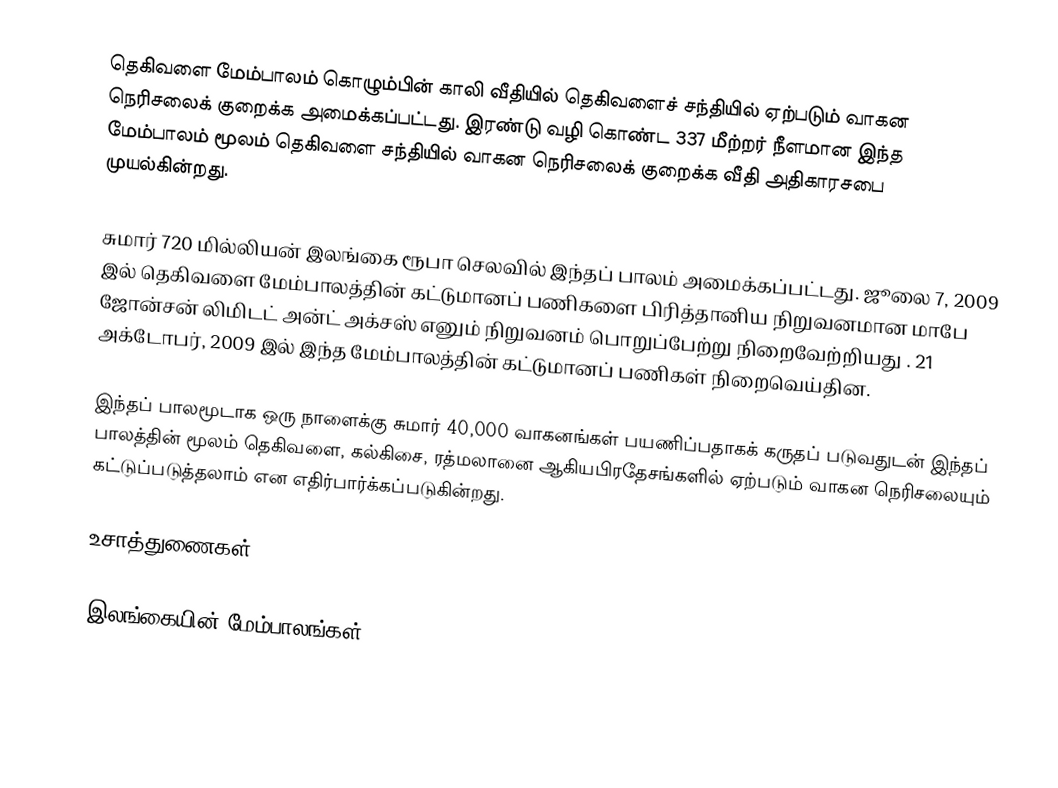
தெகிவளை மேம்பாலம் கொழும்பின் காலி வீதியில் தெகிவளைச் சந்தியில் ஏற்படும் வாகன நெரிசலைக் குறைக்க அமைக்கப்பட்டது. இரண்டு வழி கொண்ட 337 மீற்றர் நீளமான இந்த மேம்பாலம் மூலம் தெகிவளை சந்தியில் வாகன நெரிசலைக் குறைக்க வீதி அதிகாரசபை முயல்கின்றது.

சுமார் 720 மில்லியன் இலங்கை ரூபா செலவில் இந்தப் பாலம் அமைக்கப்பட்டது. ஜூலை 7, 2009 இல் தெகிவளை மேம்பாலத்தின் கட்டுமானப் பணிகளை பிரித்தானிய நிறுவனமான மாபே ஜோன்சன் லிமிடட் அன்ட் அக்சஸ் எனும் நிறுவனம் பொறுப்பேற்று நிறைவேற்றியது . 21 அக்டோபர், 2009 இல் இந்த மேம்பாலத்தின் கட்டுமானப் பணிகள் நிறைவெய்தின.

இந்தப் பாலமூடாக ஒரு நாளைக்கு சுமார் 40,000 வாகனங்கள் பயணிப்பதாகக் கருதப் படுவதுடன் இந்தப் பாலத்தின் மூலம் தெகிவளை, கல்கிசை, ரத்மலானை ஆகியபிரதேசங்களில் ஏற்படும் வாகன நெரிசலையும் கட்டுப்படுத்தலாம் என எதிர்பார்க்கப்படுகின்றது.

உசாத்துணைகள்

இலங்கையின் மேம்பாலங்கள்